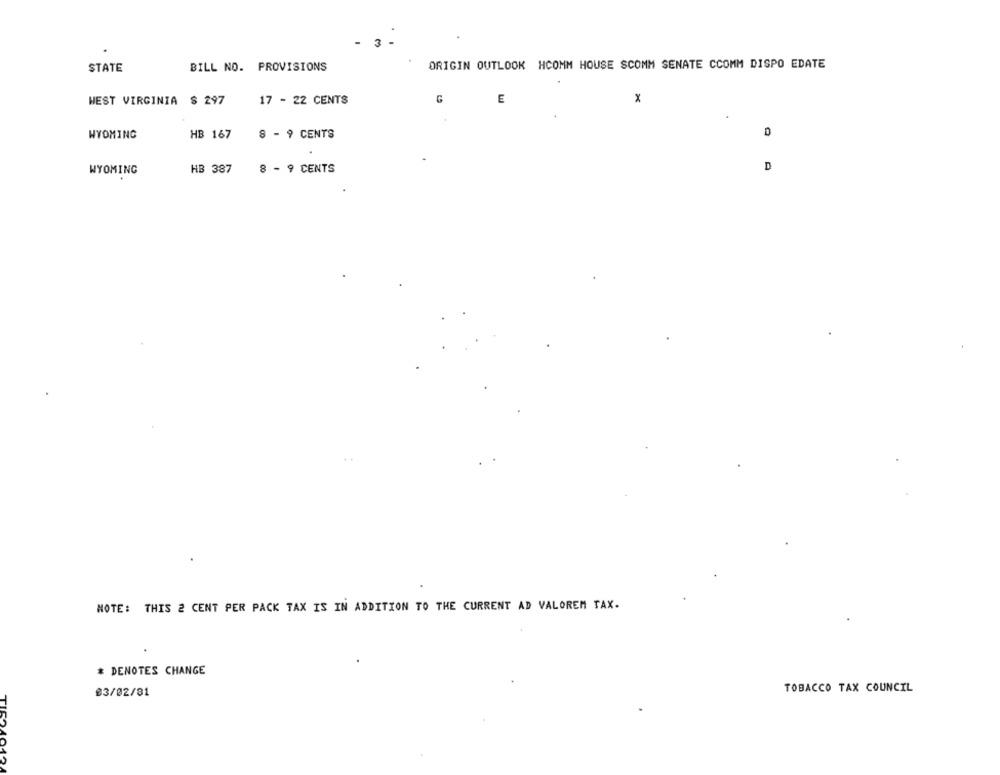
- 3 .
STATE
BILL NO. PROVISIONS
ORIGIN OUTLOOK HCOMM HOUSE SCOMM SENATE CCOMM DISPO EDATE
WEST VIRGINIA $ 297
17 - 22 CENTS
G
E
X
WYOMING
HB 167
8 - 9 CENTS
D
HB 387
8 - 9 CENTS
D
WYOMING
NOTE: THIS 2 CENT PER PACK TAX IS IN ADDITION TO THE CURRENT AD VALOREM TAX.
* DENOTES CHANGE
TOBACCO TAX COUNCIL
03/02/81
TI